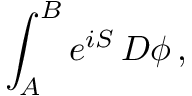
\int _ { A } ^ { B } e ^ { i S } \, D \phi \, ,